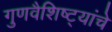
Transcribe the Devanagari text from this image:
गुणवैशिष्ट्यांचे